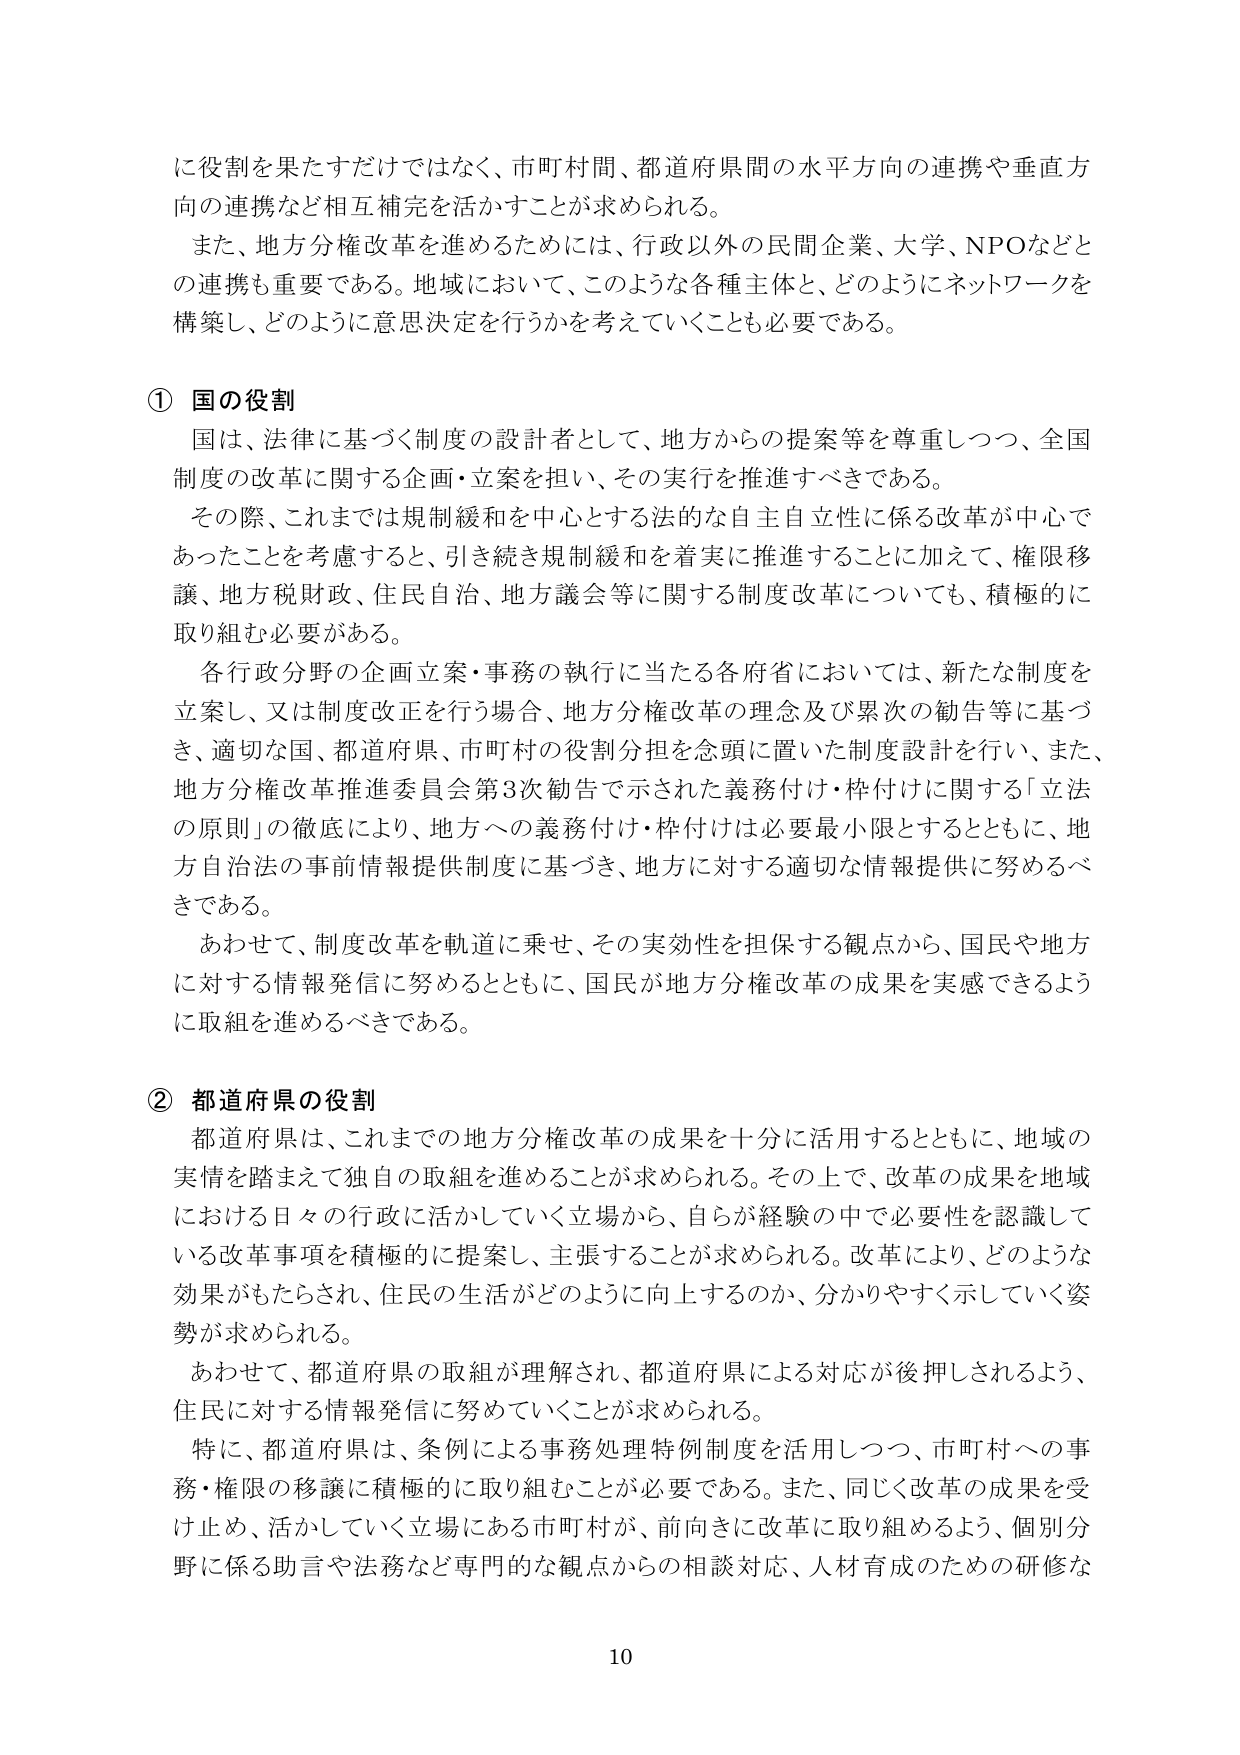
に役割を果たすだけではなく、市町村間、都道府県間の水平方向の連携や垂直方向の連携など相互補完を活かすことが求められる。

また、地方分権改革を進めるためには、行政以外の民間企業、大学、NPOなどとの連携も重要である。地域において、このような各種主体と、どのようにネットワークを構築し、どのように意思決定を行うかを考えていくことも必要である。

① 国の役割

国は、法律に基づく制度の設計者として、地方からの提案等を尊重しつつ、全国制度の改革に関する企画・立案を担い、その実行を推進すべきである。

その際、これまでは規制緩和を中心とする法的な自主自立性に係る改革が中心であったことを考慮すると、引き続き規制緩和を着実に推進することに加えて、権限移譲、地方税財政、住民自治、地方議会等に関する制度改革についても、積極的に取り組む必要がある。

各行政分野の企画立案・事務の執行に当たる各府省においては、新たな制度を立案し、又は制度改正を行う場合、地方分権改革の理念及び累次の勧告等に基づき、適切な国、都道府県、市町村の役割分担を念頭に置いた制度設計を行い、また、地方分権改革推進委員会第3次勧告で示された義務付け・枠付けに関する「立法の原則」の徹底により、地方への義務付け・枠付けは必要最小限とするとともに、地方自治法の事前情報提供制度に基づき、地方に対する適切な情報提供に努めるべきである。

あわせて、制度改革を軌道に乗せ、その実効性を担保する観点から、国民や地方に対する情報発信に努めるとともに、国民が地方分権改革の成果を実感できるように取組を進めるべきである。

② 都道府県の役割

都道府県は、これまでの地方分権改革の成果を十分に活用するとともに、地域の実情を踏まえて独自の取組を進めることが求められる。その上で、改革の成果を地域における日々の行政に活かしていく立場から、自らが経験の中で必要性を認識している改革事項を積極的に提案し、主張することが求められる。改革により、どのような効果がもたらされ、住民の生活がどのように向上するのか、分かりやすく示していく姿勢が求められる。

あわせて、都道府県の取組が理解され、都道府県による対応が後押しされるよう、住民に対する情報発信に努めていくことが求められる。

特に、都道府県は、条例による事務処理特例制度を活用しつつ、市町村への事務・権限の移譲に積極的に取り組むことが必要である。また、同じく改革の成果を受け止め、活かしていく立場にある市町村が、前向きに改革に取り組めるよう、個別分野に係る助言や法務など専門的な観点からの相談対応、人材育成のための研修な

10